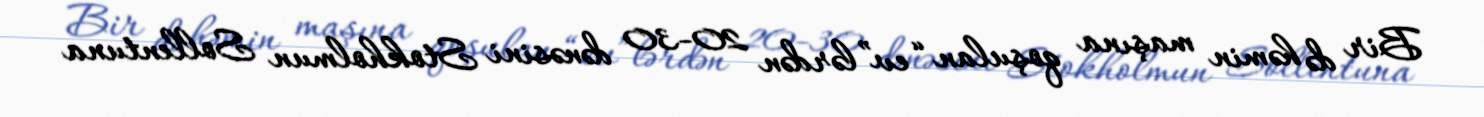
Bir də həmin maşına qoşulan “ev”lərdən 20-30 dənəsini Stokholmun Sollentuna